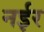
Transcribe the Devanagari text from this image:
नईर